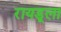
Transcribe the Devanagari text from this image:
रायडूला